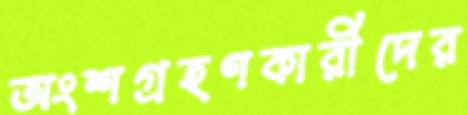
অংশগ্রহণকারীদের